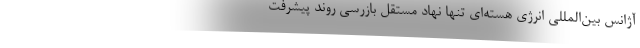
آژانس بین‌المللی انرژی هسته‌ای تنها نهاد مستقل بازرسی روند پیشرفت